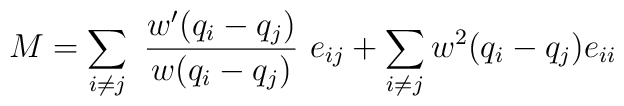
M = \sum_{i \neq j} \,\, \frac{w'(q_i - q_j)}{w(q_i - q_j)} \,\,e_{ij} + \sum_{i \neq j} w^2 (q_i - q_j) e_{ii}